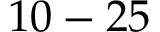
1 0 - 2 5 \